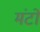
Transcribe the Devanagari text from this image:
मंटों